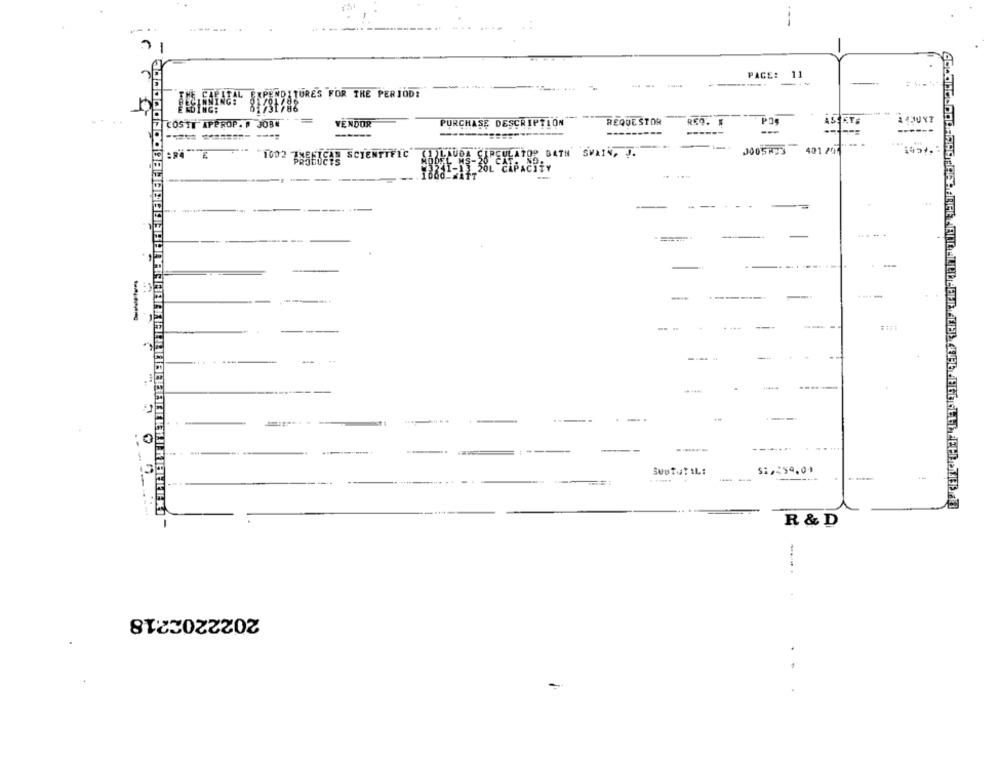
-
PACE: 11
--
FORITAL EXPENDITURES FOR THE PERIOD:
61731788
VENDOR
PURCHASE DESCRIPTION
REQUESTOR
RED.
COSTI APPROP. P JOBN
------
---
SCIENTIFIC
TOP BATH SPAIN, !
J005Ay3
1002 Pestocis
--
. .
-
... .
---
--
....
-.
-----
-
----
R & D
2022202218